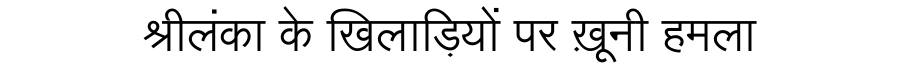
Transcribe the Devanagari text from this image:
श्रीलंका के खिलाड़ियों पर ख़ूनी हमला